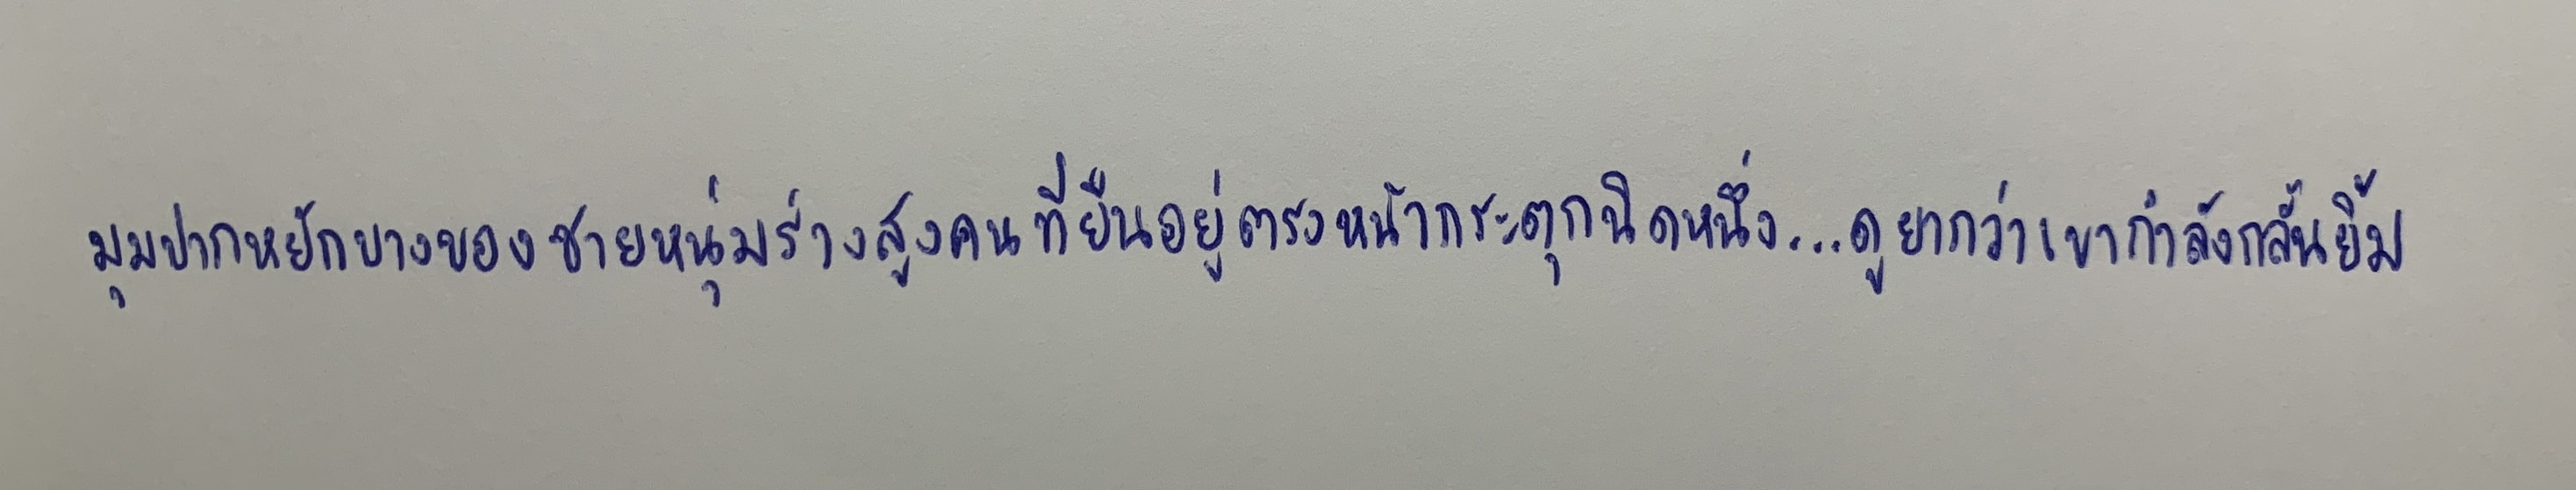
มุมปากหยักบางของชายหนุ่มร่างสูงคนที่ยืนอยู่ตรงหน้ากระตุกนิดหนึ่ง...ดูยากว่าเขากำลังกลั้นยิ้ม